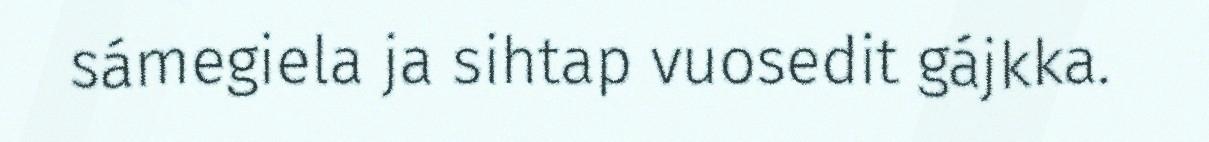
sámegiela ja sihtap vuosedit gájkka.